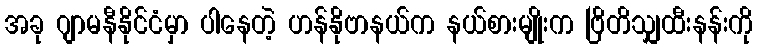
အခု ဂျာမနီနိုင်ငံမှာ ပါနေတဲ့ ဟန်နိုဗာနယ်က နယ်စားမျိုးက ဗြိတိသျှထီးနန်းကို